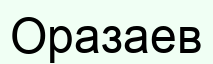
Оразаев